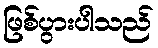
ဖြစ်ပွားပါသည်